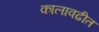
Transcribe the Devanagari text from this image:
कालावढीत